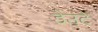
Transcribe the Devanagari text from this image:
डेउंटे